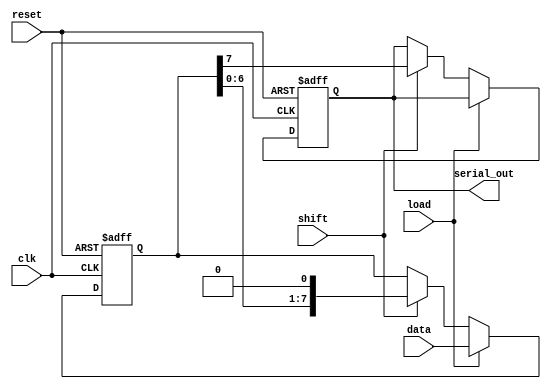
module dynamic_piso_register #(
    parameter N = 8  // Width of the register (number of parallel input lines)
)(
    input wire clk,          // Clock signal
    input wire reset,        // Asynchronous reset signal
    input wire load,         // Load signal
    input wire shift,        // Shift signal
    input wire [N-1:0] data, // Parallel input data
    output reg serial_out     // Serial output line
);

    reg [N-1:0] storage;      // Internal storage for the register
    reg [N-1:0] shift_reg;    // Shift register for shifting data

    always @(posedge clk or posedge reset) begin
        if (reset) begin
            // Asynchronous reset
            storage <= {N{1'b0}}; // Clear the storage
            shift_reg <= {N{1'b0}}; // Clear the shift register
            serial_out <= 1'b0; // Clear the serial output
        end else if (load) begin
            // Load operation
            storage <= data; // Load data into storage
            shift_reg <= data; // Initialize shift register with loaded data
        end else if (shift) begin
            // Shift operation
            serial_out <= shift_reg[N-1]; // Output the MSB
            shift_reg <= {shift_reg[N-2:0], 1'b0}; // Shift left
        end
    end

endmodule